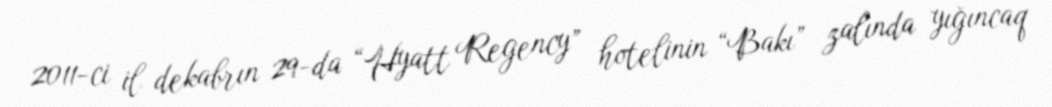
2011-ci il dekabrın 29-da “Hyatt Regency” hotelinin “Bakı” zalında yığıncaq